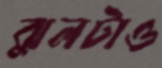
ঝুলটাও